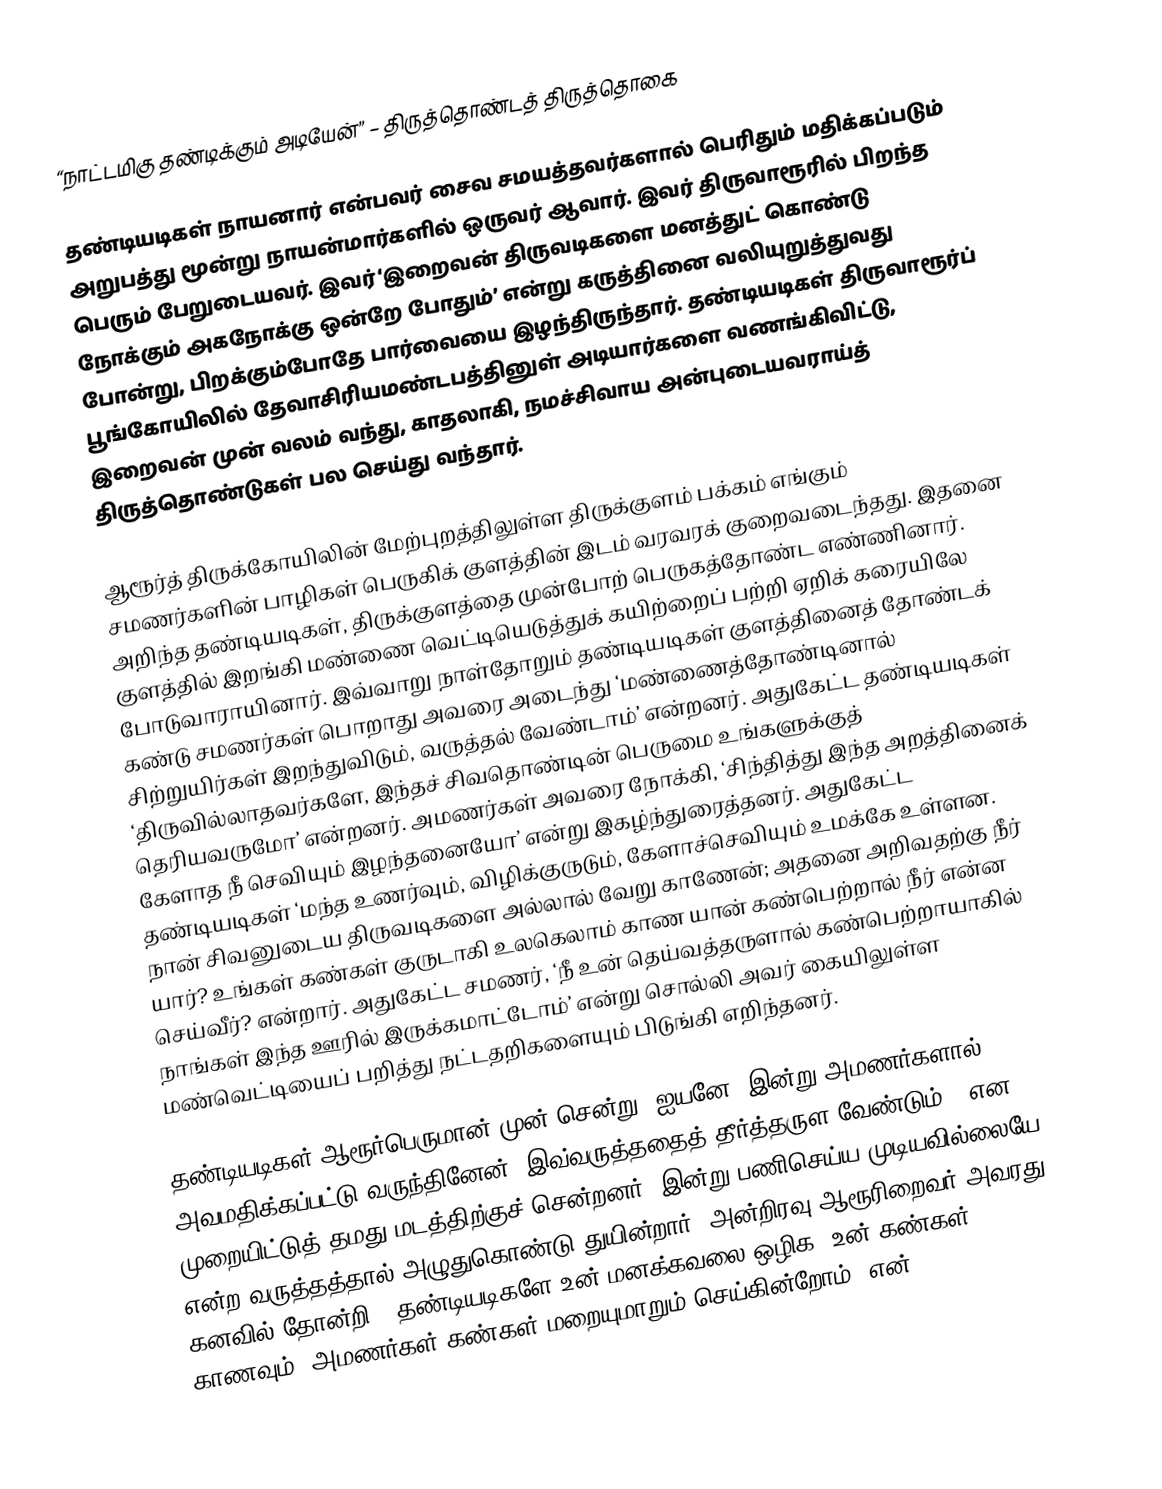
“நாட்டமிகு தண்டிக்கும் அடியேன்” – திருத்தொண்டத் திருத்தொகை

தண்டியடிகள் நாயனார் என்பவர் சைவ சமயத்தவர்களால் பெரிதும் மதிக்கப்படும் அறுபத்து மூன்று நாயன்மார்களில் ஒருவர் ஆவார். இவர்  திருவாரூரில் பிறந்த பெரும் பேறுடையவர். இவர் ‘இறைவன் திருவடிகளை மனத்துட் கொண்டு நோக்கும் அகநோக்கு  ஒன்றே போதும்’ என்று கருத்தினை வலியுறுத்துவது போன்று, பிறக்கும்போதே பார்வையை இழந்திருந்தார். தண்டியடிகள் திருவாரூர்ப் பூங்கோயிலில் தேவாசிரியமண்டபத்தினுள் அடியார்களை வணங்கிவிட்டு, இறைவன் முன் வலம் வந்து, காதலாகி, நமச்சிவாய அன்புடையவராய்த் திருத்தொண்டுகள் பல செய்து வந்தார்.

ஆரூர்த் திருக்கோயிலின் மேற்புறத்திலுள்ள திருக்குளம் பக்கம் எங்கும் சமணர்களின் பாழிகள் பெருகிக் குளத்தின் இடம் வரவரக் குறைவடைந்தது. இதனை அறிந்த தண்டியடிகள், திருக்குளத்தை முன்போற் பெருகத்தோண்ட எண்ணினார். குளத்தில் இறங்கி மண்ணை வெட்டியெடுத்துக் கயிற்றைப் பற்றி ஏறிக் கரையிலே போடுவாராயினார். இவ்வாறு நாள்தோறும் தண்டியடிகள் குளத்தினைத் தோண்டக் கண்டு சமணர்கள் பொறாது அவரை அடைந்து ‘மண்ணைத்தோண்டினால் சிற்றுயிர்கள் இறந்துவிடும், வருத்தல் வேண்டாம்’ என்றனர். அதுகேட்ட தண்டியடிகள் ‘திருவில்லாதவர்களே, இந்தச் சிவதொண்டின் பெருமை உங்களுக்குத் தெரியவருமோ’ என்றனர். அமணர்கள் அவரை நோக்கி, ‘சிந்தித்து இந்த அறத்தினைக் கேளாத நீ செவியும் இழந்தனையோ’ என்று இகழ்ந்துரைத்தனர். அதுகேட்ட தண்டியடிகள் ‘மந்த உணர்வும், விழிக்குருடும், கேளாச்செவியும் உமக்கே உள்ளன. நான் சிவனுடைய திருவடிகளை அல்லால் வேறு காணேன்; அதனை அறிவதற்கு நீர் யார்? உங்கள் கண்கள் குருடாகி உலகெலாம் காண யான் கண்பெற்றால் நீர் என்ன செய்வீர்? என்றார். அதுகேட்ட சமணர், ‘நீ உன் தெய்வத்தருளால் கண்பெற்றாயாகில் நாங்கள் இந்த ஊரில் இருக்கமாட்டோம்’ என்று சொல்லி அவர் கையிலுள்ள மண்வெட்டியைப் பறித்து நட்டதறிகளையும் பிடுங்கி எறிந்தனர்.

தண்டியடிகள் ஆரூர்பெருமான் முன் சென்று ‘ஐயனே! இன்று அமணர்களால் அவமதிக்கப்பட்டு வருந்தினேன். இவ்வருத்ததைத் தீர்த்தருள வேண்டும்;’ என முறையிட்டுத் தமது மடத்திற்குச் சென்றனர். இன்று பணிசெய்ய முடியவில்லையே என்ற வருத்தத்தால் அழுதுகொண்டு துயின்றார். அன்றிரவு ஆரூரிறைவர் அவரது கனவில் தோன்றி, ‘தண்டியடிகளே உன் மனக்கவலை ஒழிக! உன் கண்கள் காணவும், அமணர்கள் கண்கள் மறையுமாறும் செய்கின்றோம்’ என்